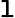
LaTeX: \mathtt{l}